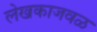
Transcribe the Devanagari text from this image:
लेखकाजवळ